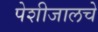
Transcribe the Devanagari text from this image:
पेशीजालचे